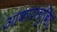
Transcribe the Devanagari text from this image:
आकाशचुंबित